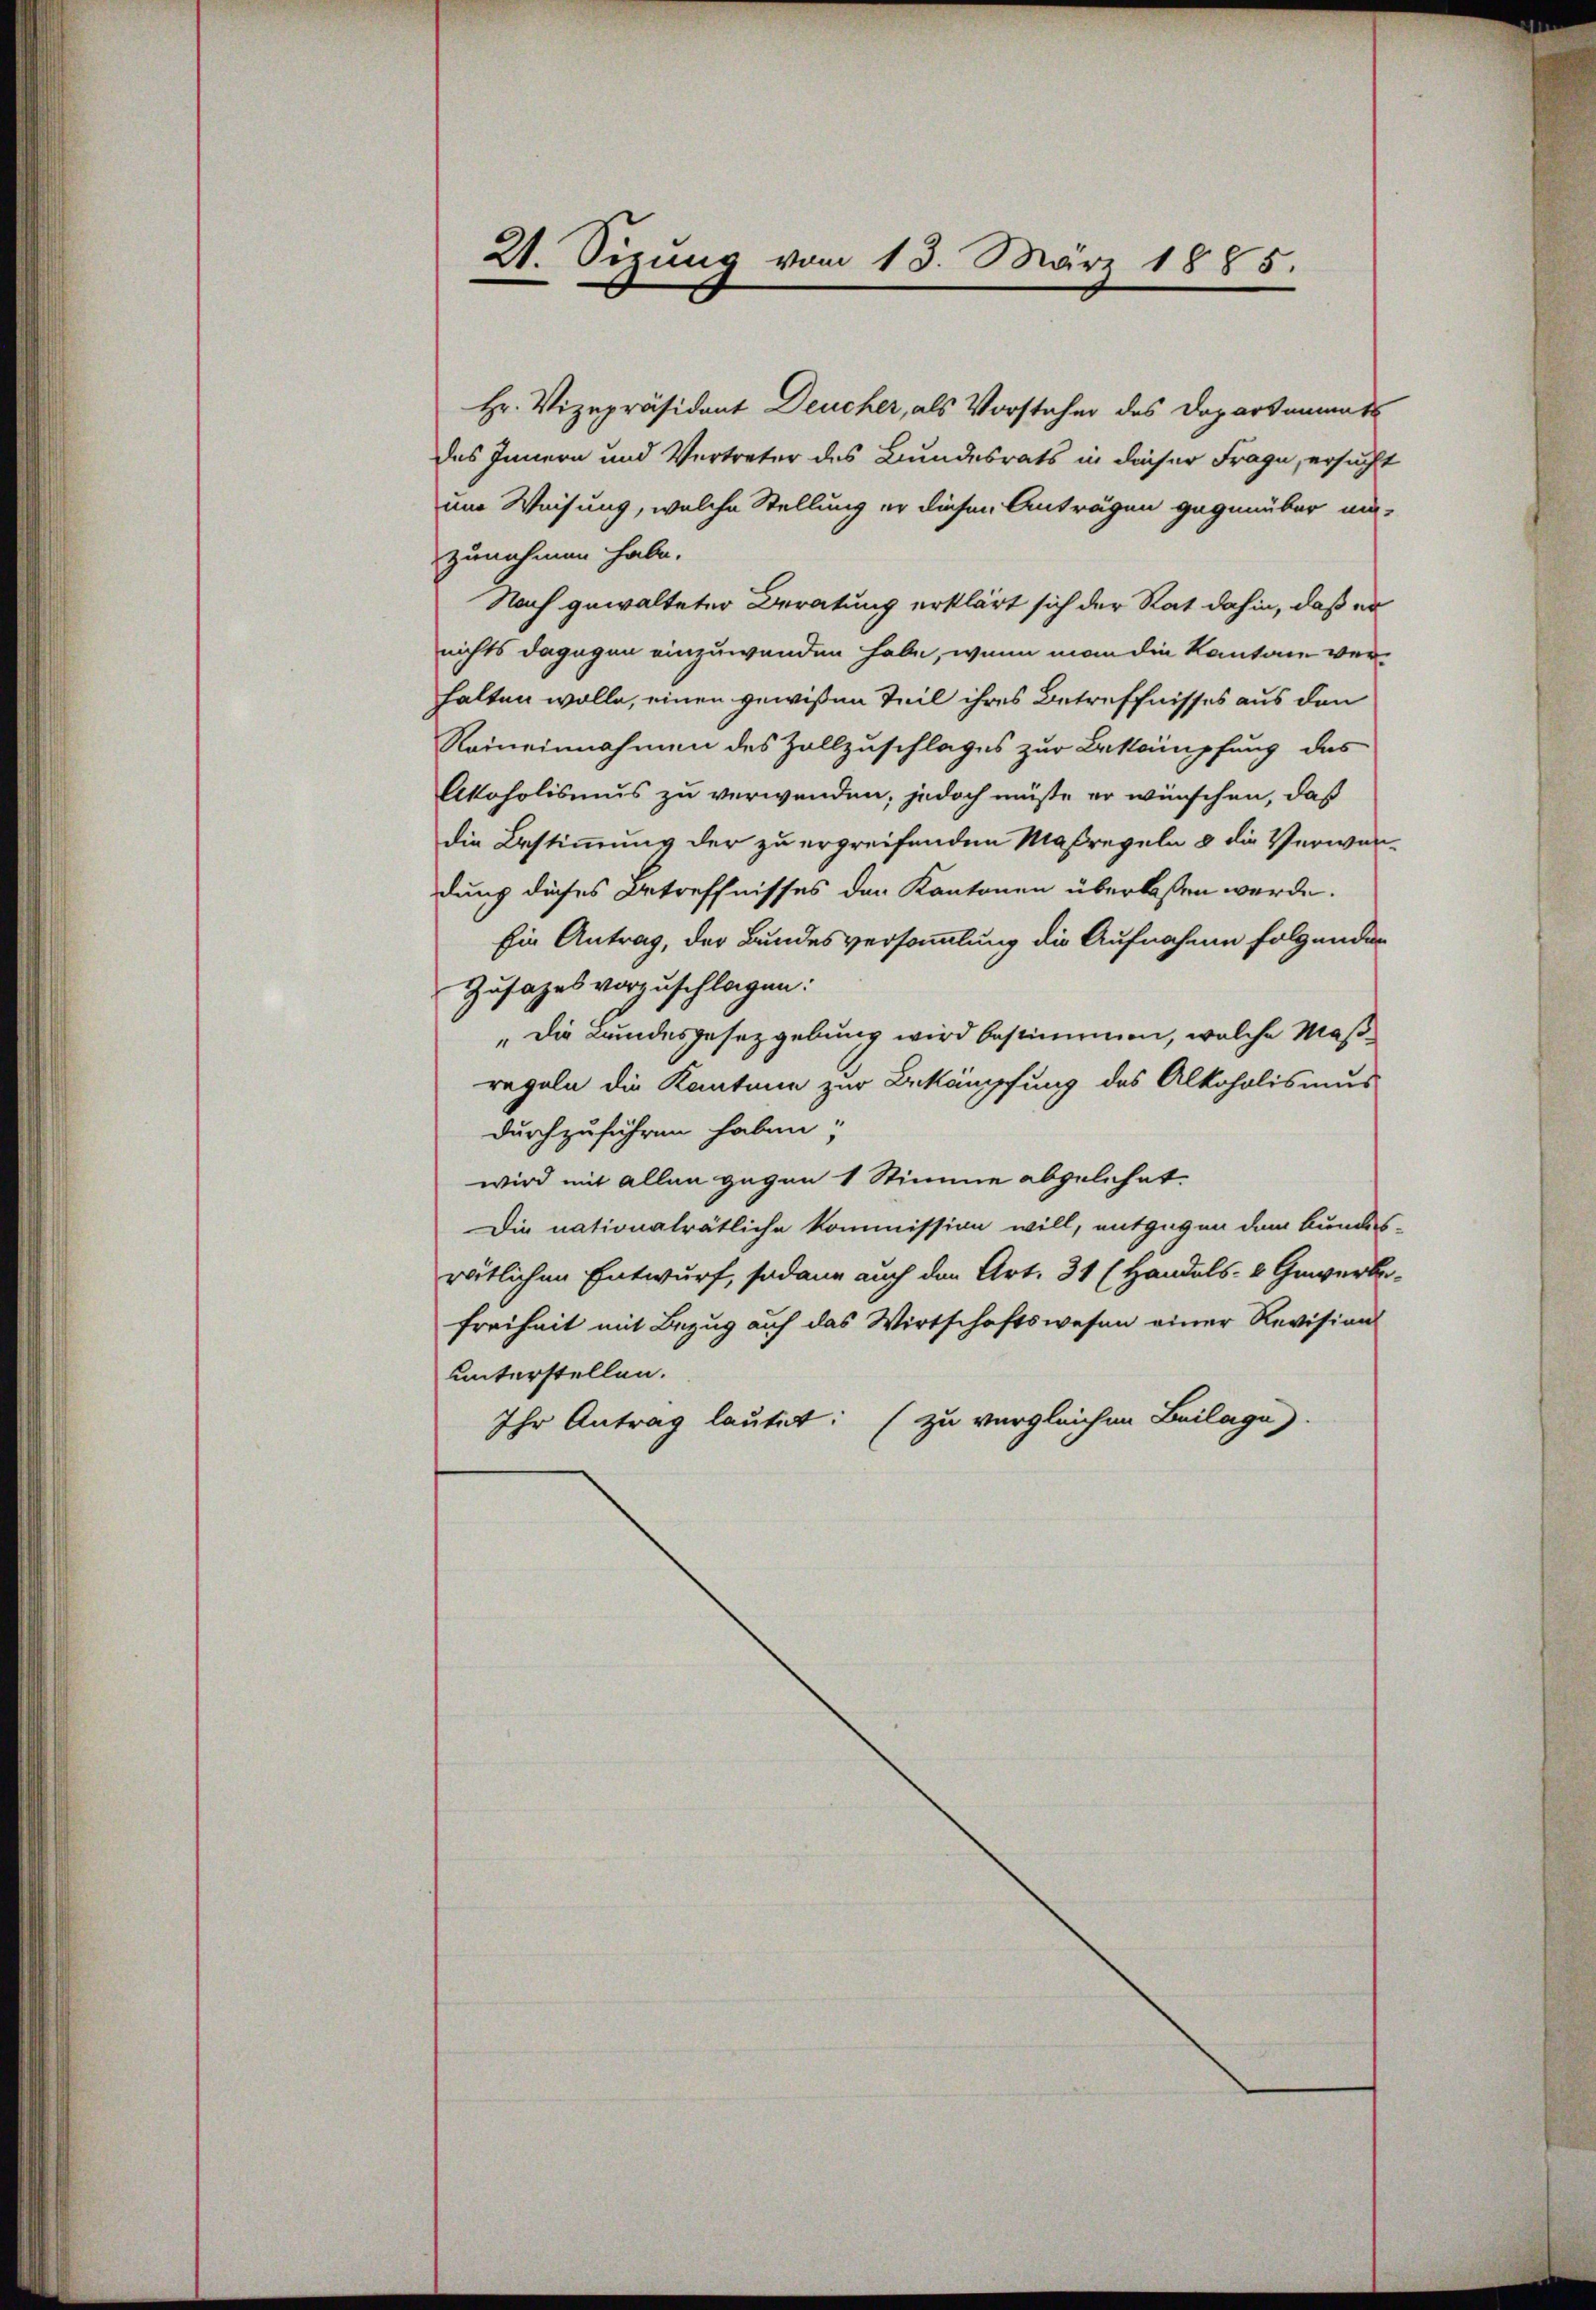
21. Sizung vom 13. März 1885.

Hr. Vizepräsident Deucher, als Vorsteher des Doparsammat
das Innern und Vertreter des Bundesrats in dieser Frage, ersucht
um Weisung, welche Stellung er diesen Anträgen gegenüber unzunehmen habe.
Nach gewalteter Beratung erklärt sich der Rat dahin, daß er
nichts dagegen einzuwenden habe, wenn man die Kantone verhalten wolle, einen gewißen Teil ihres Betreffnisses aus den
Reineinnahmen des Zollzuschlages zur Bekämpfung des
Akoholismus zu verwenden; jedoch müßte er wünschen, daß
die Bestimmung der zu ergreifenden Maßregeln & die Verwandung dieses Betreffnisses der Kantonen überlassen werde.
Ein Antrag, der Bundesversammlung die Aufnahme folgender
Zusages vorzuschlagen:
„Die Bundesgesetzgebung wird bestimmen, welche Maßregeln die Kantone zur Bekämpfung des Alkoholismus
durchzuführen haben;
wird mit allen gegen 1 Stimme abgelehnt.
Die nationalrätliche Kommission will, entgegen dem Bundes-
rätlichen Entwurf, sodann auch den Art. 31 (Handels- & Gewerbe-
Freiheit mit Bezug auf das Wirtschaftswesen einer Revision
unterstellen.
Ihr Antrag lautet: (zu vergleichen Beilage).